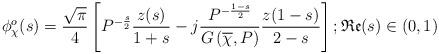
LaTeX: \begin{align*}\phi_{\chi}^o(s) = \frac{\sqrt{\pi}}{4} \left[P^{-\frac{s}{2}} \frac{z(s)}{1+s} -j \frac{P^{-\frac{1-s}{2}}}{G\left(\overline{\chi},P\right)}\frac{z(1-s)}{2-s} \right]; \mathfrak{Re}(s) \in (0,1)\end{align*}